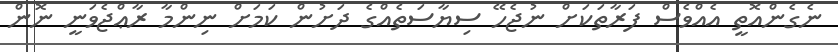
ނެގެންއޮތީ އެއްވެސް ފަރާތަކަށް ނުޖެހޭ ސިޔާސަތެއްގެ ދަށުން ކަމަށް ނިންމާ ރާޢްޖެވަނީ ނޮން